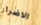
الاضرار